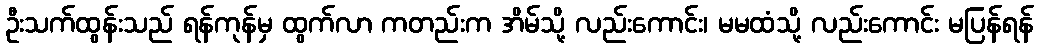
ဦးသက်ထွန်းသည် ရန်ကုန်မှ ထွက်လာ ကတည်းက အိမ်သို့ လည်းကောင်း၊ မမထံသို့ လည်းကောင်း မပြန်ရန်